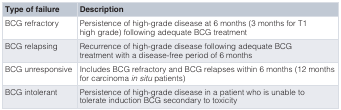
<table><thead><tr><td><b>Type of failure</b></td><td><b>Description</b></td></tr></thead><tbody><tr><td>BCG refractory</td><td>Persistence of high-grade disease at 6 months (3 months for T1high grade) following adequate BCG treatment</td></tr><tr><td>BCG relapsing</td><td>Recurrence of high-grade disease following adequate BCGtreatment with a disease-free period of 6 months</td></tr><tr><td>BCG unresponsive</td><td>Includes BCG refractory and BCG relapses within 6 months (12 monthsfor carcinoma<i>in situ</i> patients)</td></tr><tr><td>BCG intolerant</td><td>Persistence of high-grade disease in a patient who is unable totolerate induction BCG secondary to toxicity</td></tr></tbody></table>